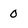
Character: 0